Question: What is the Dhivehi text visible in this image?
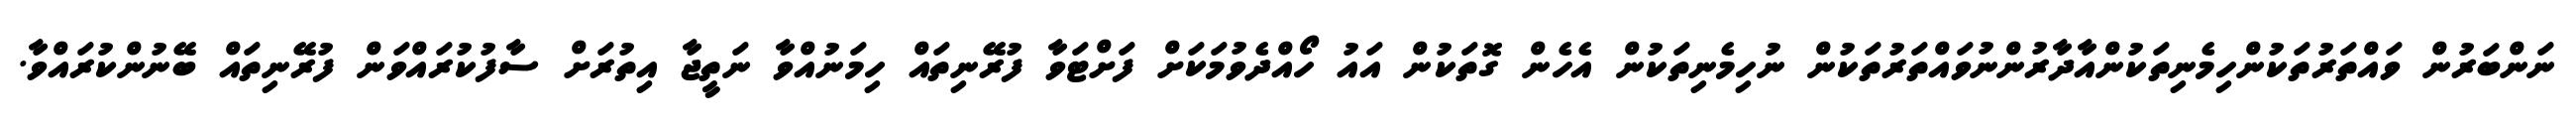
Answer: ނަންބަރުން ވައްތަރުތަކުންހިމެނިތަކުންއާދާރުންނުވައްތަރުތަކުން ނުހިމެނިތަކުން އެހެން ގޮތަކުން އައު ހޯއްދެވުމަކަށް ފަށްޓަވާ ފުރޭނިތައް ހިމަނުއްވާ ނަތީޖާ އިތުރަށް ސާފުކުރައްވަން ފުރޭނިތައް ބޭނުންކުރައްވާ.